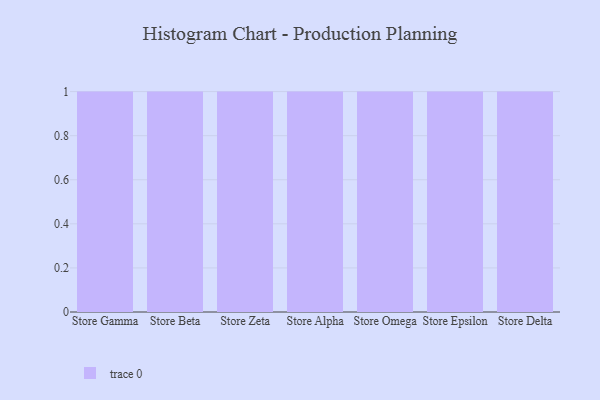
{"axis": {"x": "Store", "y": "Shipments"}, "legend": [""], "data": [{"x": "Store Gamma", "y": 94, "type": ""}, {"x": "Store Beta", "y": 53, "type": ""}, {"x": "Store Zeta", "y": 78, "type": ""}, {"x": "Store Alpha", "y": 79, "type": ""}, {"x": "Store Omega", "y": 65, "type": ""}, {"x": "Store Epsilon", "y": 2, "type": ""}, {"x": "Store Delta", "y": 14, "type": ""}]}